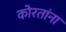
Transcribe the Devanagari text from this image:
कोरतांना